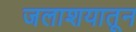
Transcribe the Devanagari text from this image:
जलाशयातून